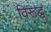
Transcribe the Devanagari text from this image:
विरूद्ध्